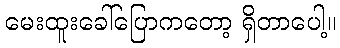
မေးထူးခေါ်ပြောကတော့ ရှိတာပေါ့။